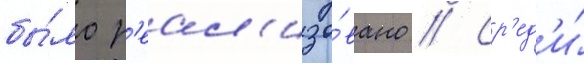
бы́ло р'еал'изо́вано // Ср'ед'и́